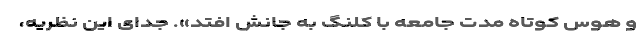
و هوس‌ کوتاه‌ مدت‌ جامعه‌ با کلنگ‌ به‌ جانش افتد». جدای این نظریه،